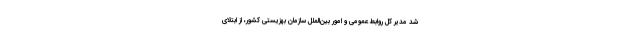
شد مدیر کل روابط عمومی و امور بین‌الملل سازمان بهزیستی کشور، از ابتلای